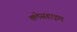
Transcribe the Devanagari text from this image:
क्लेसहाइम